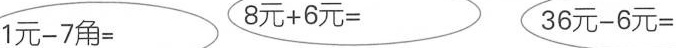
$$1 元 - 7 角 =$$ $$8 元 + 6 元 =$$ $$3 6 元 - 6 元 =$$